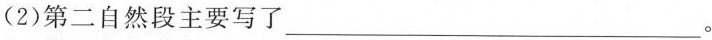
(2)第二自然段主要写了___。